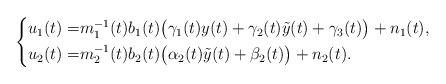
LaTeX: \begin{align*}\left\{\begin{aligned}u_{1}(t)=& m_{1}^{-1}(t)b_{1}(t)\big(\gamma_{1}(t)y(t)+\gamma_{2}(t)\tilde{y}(t)+\gamma_{3}(t)\big)+n_{1}(t), \\u_{2}(t)=& m_{2}^{-1}(t)b_{2}(t)\big(\alpha_{2}(t)\tilde{y}(t)+\beta_{2}(t)\big)+n_{2}(t).\end{aligned}\right.\end{align*}